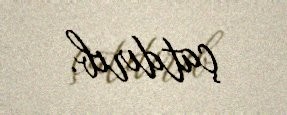
çatdırıb.